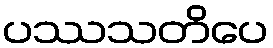
ပဿသတိပေ